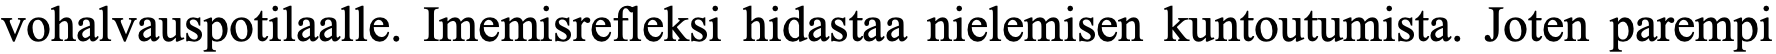
vohalvauspotilaalle. Imemisrefleksi hidastaa nielemisen kuntoutumista. Joten parempi